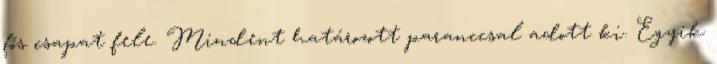
fős csapat fele. Mindent határozott paranccsal adott ki. Egyik